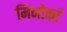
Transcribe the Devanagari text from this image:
मिनोर्का